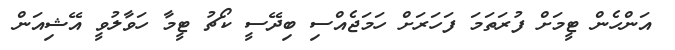
އަންހެން ޓީމަށް ފުރަތަމަ ފަހަރަށް ހަމަޖެއްސި ބިދޭސީ ކޯޗު ޓީމާ ހަވާލުވީ އޭޝިއަން